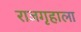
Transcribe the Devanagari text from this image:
राजगृहाला